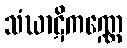
သံဃာဋိကဏ္ဏေ